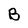
Character: B